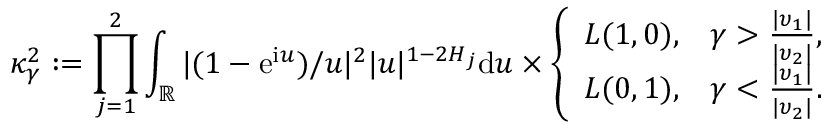
\kappa _ { \gamma } ^ { 2 } : = \prod _ { j = 1 } ^ { 2 } \int _ { \mathbb { R } } | ( 1 - \mathrm e ^ { \mathrm i u } ) / u | ^ { 2 } | u | ^ { 1 - 2 H _ { j } } \mathrm d u \times \left\{ \begin{array} { l l } { L ( 1 , 0 ) , } & { \gamma > \frac { | \upsilon _ { 1 } | } { | \upsilon _ { 2 } | } , } \\ { L ( 0 , 1 ) , } & { \gamma < \frac { | \upsilon _ { 1 } | } { | \upsilon _ { 2 } | } . } \end{array} \right.